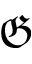
\mathfrak { G }